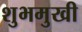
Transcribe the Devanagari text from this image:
शुभमुखी